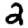
Digit: 2